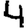
Digit: 4